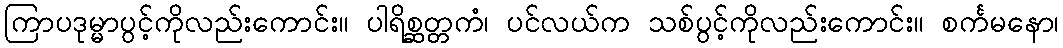
ကြာပဒုမ္မာပွင့်ကိုလည်းကောင်း။ ပါရိစ္ဆတ္တကံ၊ ပင်လယ်က သစ်ပွင့်ကိုလည်းကောင်း။ စင်္ကမနော၊